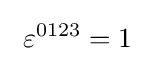
\ \varepsilon ^{0123}=1\